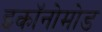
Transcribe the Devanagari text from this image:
इकॉनोमोड